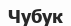
Чубук